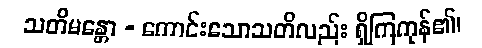
သတိမန္တော - ကောင်းသောသတိလည်း ရှိကြကုန်၏၊